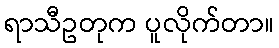
ရာသီဥတုက ပူလိုက်တာ။